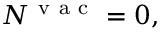
\begin{array} { r } { N ^ { \mathrm { ~ v ~ a ~ c ~ } } = 0 , } \end{array}